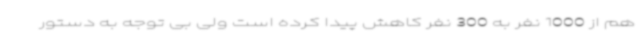
هم از 1000 نفر به 300 نفر کاهش پیدا کرده است ولی بی توجه به دستور